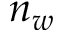
n _ { w }